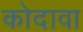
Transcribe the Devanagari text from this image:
कोदावा